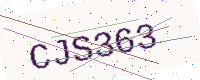
Text: CJS363